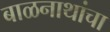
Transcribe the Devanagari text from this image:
बाळनाथांचा